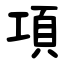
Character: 項